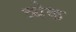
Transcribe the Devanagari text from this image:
त्र्येक